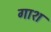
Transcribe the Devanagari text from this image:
गाश